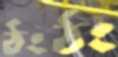
ঠংঠং